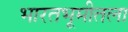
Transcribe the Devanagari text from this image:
भारतभूमीतला